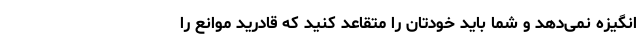
انگیزه نمی‌دهد و شما باید خودتان را متقاعد کنید که قادرید موانع را